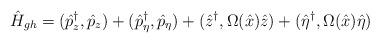
LaTeX: \begin{align*}\hat H_{gh}=(\hat p_z^\dagger,\hat p_z) +(\hat p_\eta^\dagger,\hat p_\eta) +(\hat z^\dagger,\Omega(\hat x)\hat z) +(\hat \eta^\dagger,\Omega(\hat x)\hat\eta)\end{align*}